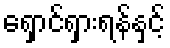
ရှောင်ရှားရန်နှင့်